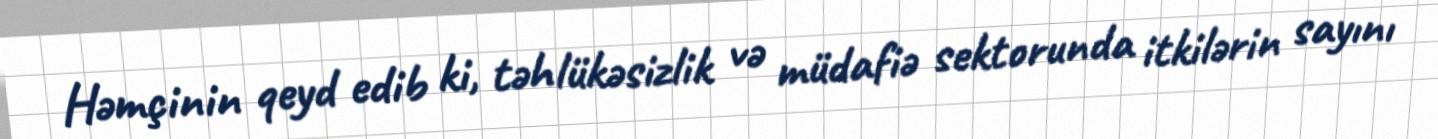
Həmçinin qeyd edib ki, təhlükəsizlik və müdafiə sektorunda itkilərin sayını